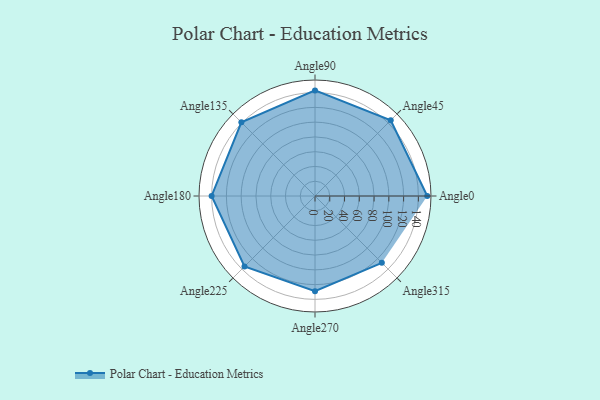
{"axis": {"x": "Angle", "y": "Radius"}, "legend": [""], "data": [{"x": "Angle0", "y": 152.0, "type": ""}, {"x": "Angle45", "y": 145.0, "type": ""}, {"x": "Angle90", "y": 143.0, "type": ""}, {"x": "Angle135", "y": 141.0, "type": ""}, {"x": "Angle180", "y": 140.0, "type": ""}, {"x": "Angle225", "y": 135.0, "type": ""}, {"x": "Angle270", "y": 129.0, "type": ""}, {"x": "Angle315", "y": 128.0, "type": ""}]}